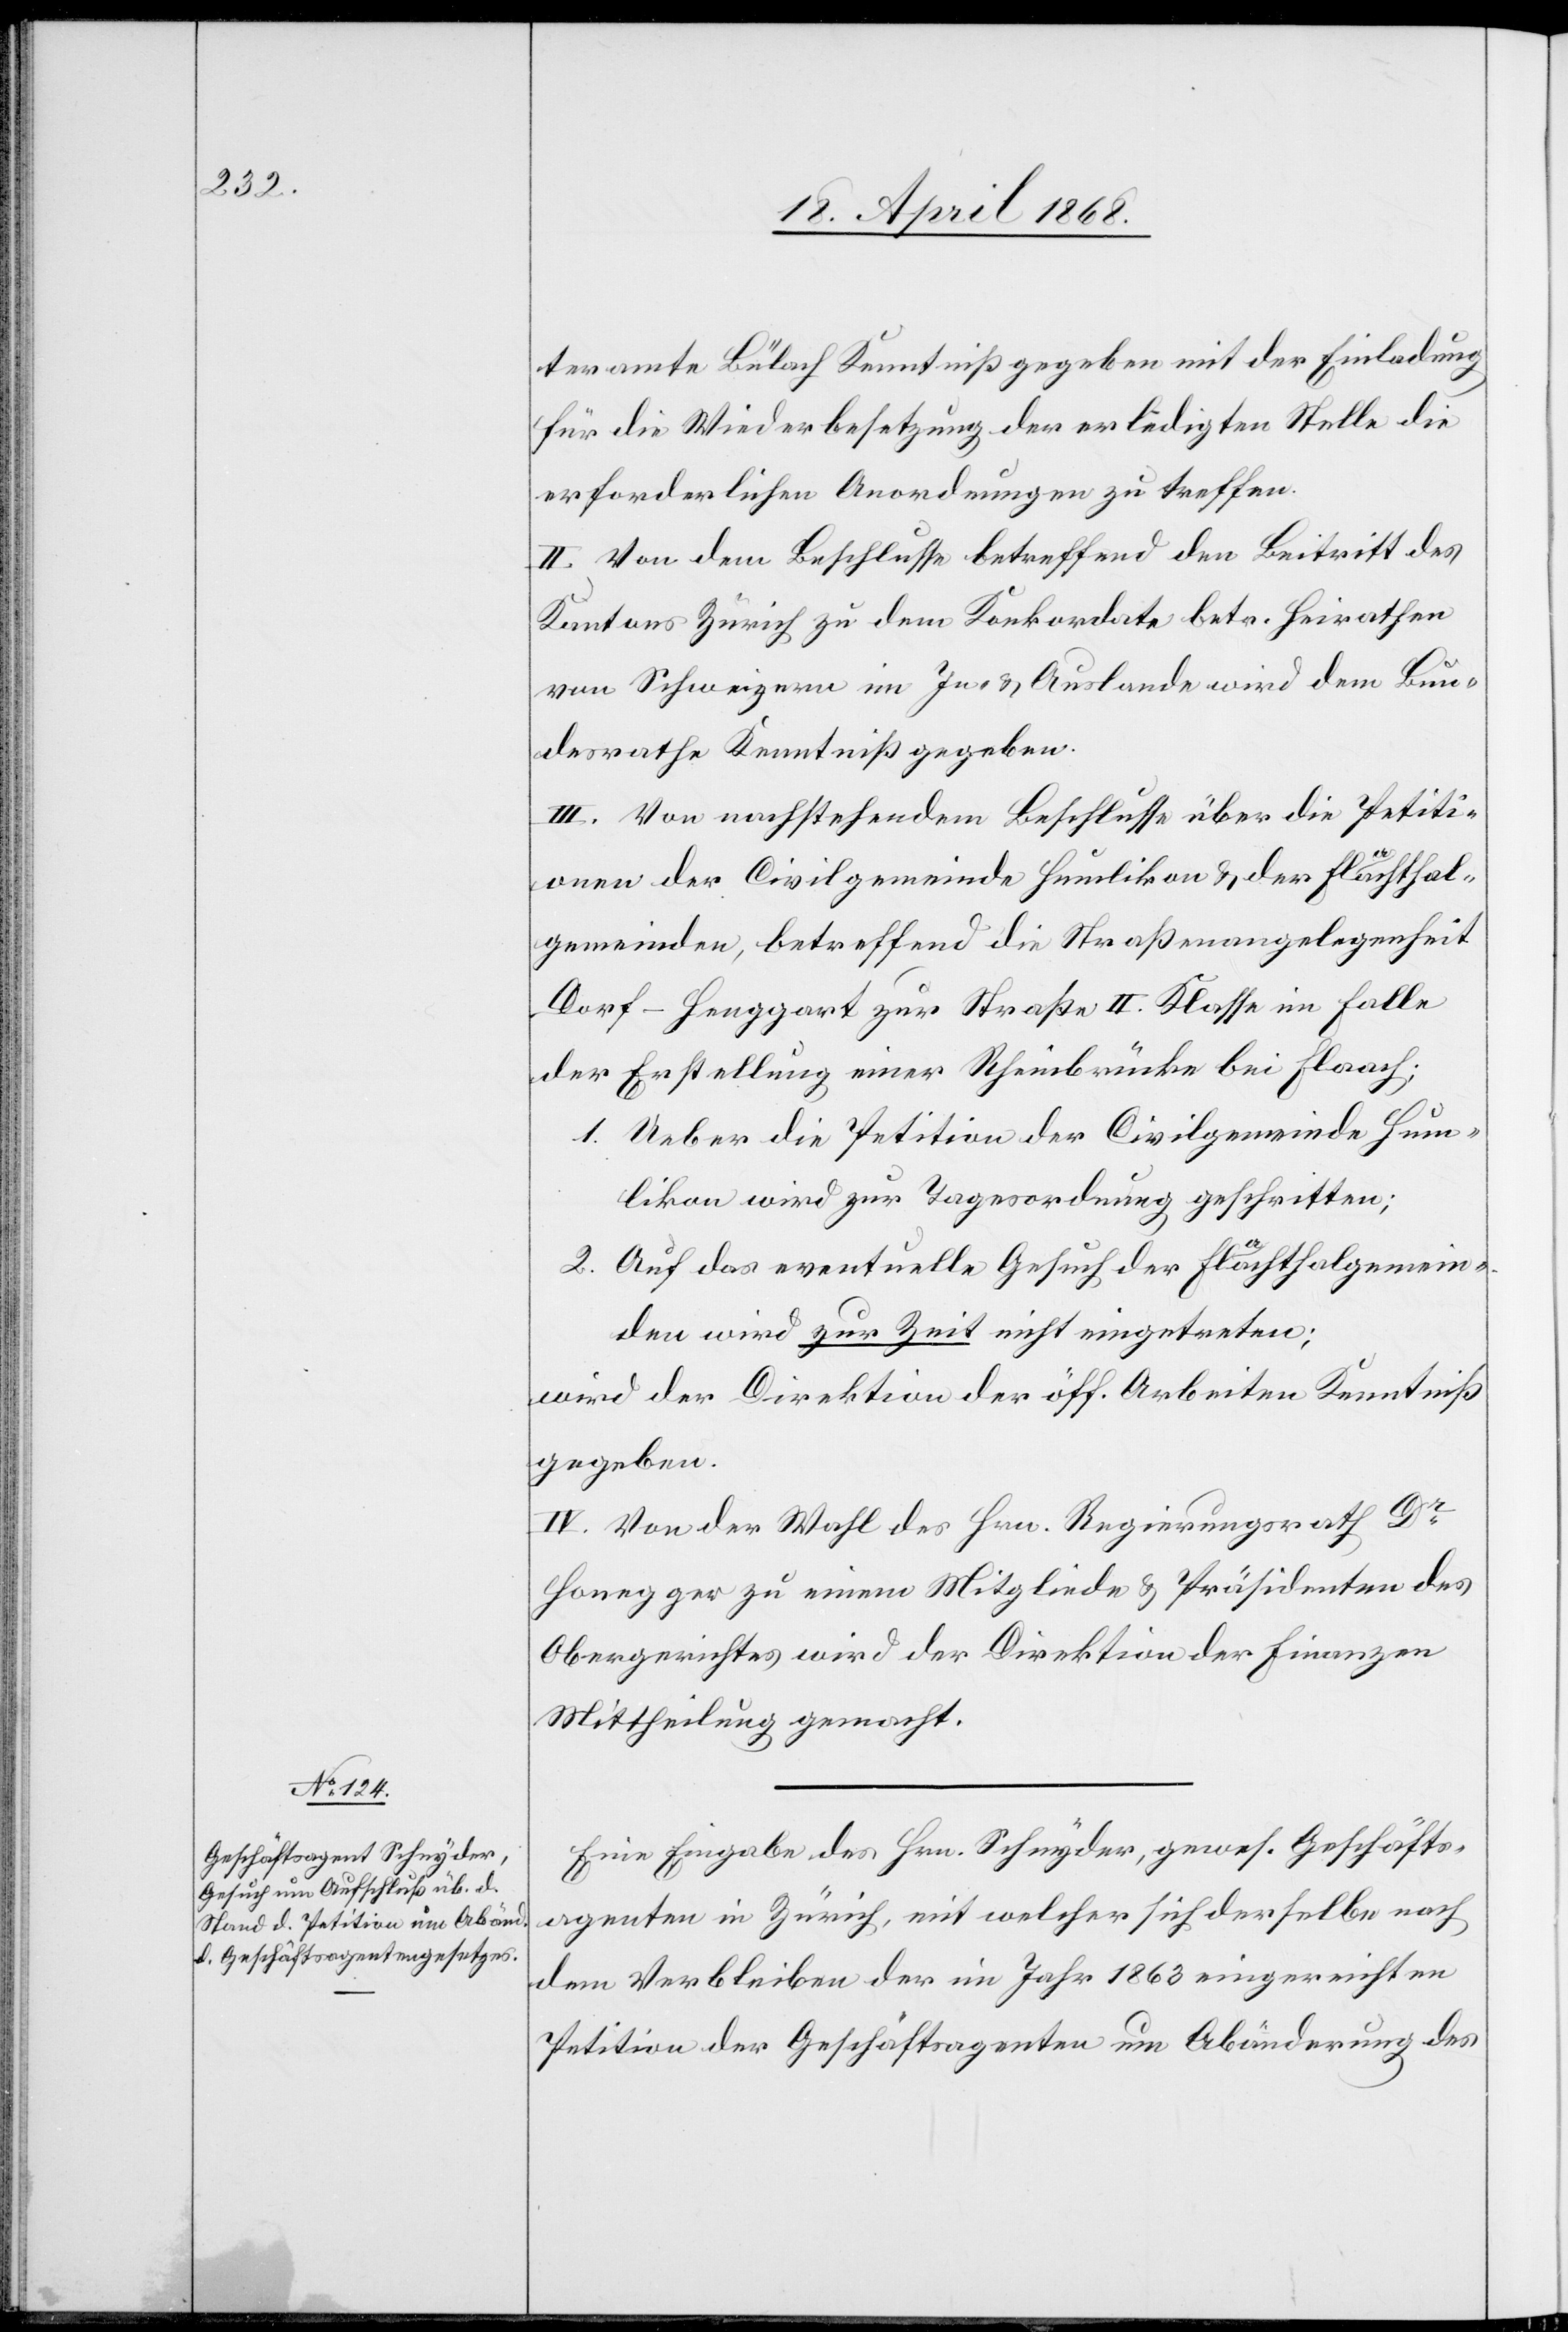
teramte Bülach Kenntniß gegeben mit der Einladung
für die Wiederbesetzung der erledigten Stelle die
erforderlichen Anordnungen zu treffen.
II. Von dem Beschlusse betreffend den Beitritt des
Kantons Zürich zu dem Konkordate betr. Heirathen
von Schweizern im In- & Auslande wird dem Bun¬
desrathe Kenntniß gegeben.
III. Von nachstehendem Beschlusse über die Petiti¬
onen der Civilgemeinde Humlikon & der Flaachthal¬
gemeinden, betreffend die Straßenangelegenheit
Dorf-Henggart zur Straße II. Klasse im Falle
der Erstellung einer Rheinbrücke bei Flaach;
1. Ueber die Petition der Civilgemeinde Hum¬
likon wird zur Tagesordnung geschritten;
2. Auf das eventuelle Gesuch der Flaachthalgemein¬
den wird zur Zeit nicht eingetreten;
wird der Direktion der öff. Arbeiten Kenntniß
gegeben.
IV. Von der Wahl des Hrn. Regierungsrath Dr.
Honegger zu einem Mitgliede & Präsidenten des
Obergerichtes wird der Direktion der Finanzen
Mittheilung gemacht.
Eine Eingabe des Hrn. Schnyder, gewes. Geschäfts¬
agenten in Zürich, mit welcher sich derselbe nach
dem Verbleiben der im Jahr 1863 eingereichten
Petition der Geschäftsagenten um Abänderung des